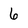
Character: 6